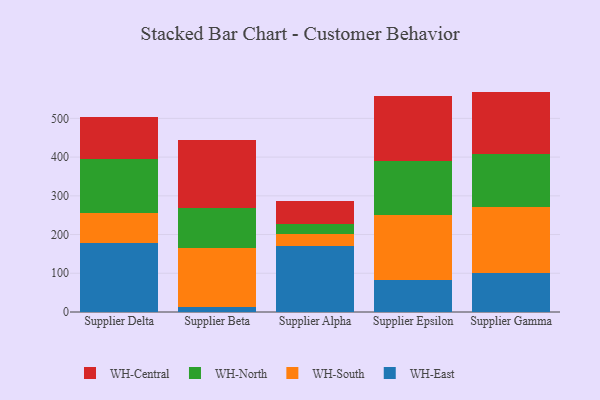
{"axis": {"x": "Supplier", "y": "Backlog"}, "legend": ["WH-Central", "WH-East", "WH-North", "WH-South"], "data": [{"x": "Supplier Delta", "y": 177.6, "type": "WH-East"}, {"x": "Supplier Delta", "y": 77.6, "type": "WH-South"}, {"x": "Supplier Delta", "y": 138.9, "type": "WH-North"}, {"x": "Supplier Delta", "y": 108.3, "type": "WH-Central"}, {"x": "Supplier Beta", "y": 13.1, "type": "WH-East"}, {"x": "Supplier Beta", "y": 151.2, "type": "WH-South"}, {"x": "Supplier Beta", "y": 103.2, "type": "WH-North"}, {"x": "Supplier Beta", "y": 177.9, "type": "WH-Central"}, {"x": "Supplier Alpha", "y": 171.7, "type": "WH-East"}, {"x": "Supplier Alpha", "y": 29.2, "type": "WH-South"}, {"x": "Supplier Alpha", "y": 27.3, "type": "WH-North"}, {"x": "Supplier Alpha", "y": 58.6, "type": "WH-Central"}, {"x": "Supplier Epsilon", "y": 82.2, "type": "WH-East"}, {"x": "Supplier Epsilon", "y": 168.1, "type": "WH-South"}, {"x": "Supplier Epsilon", "y": 139.8, "type": "WH-North"}, {"x": "Supplier Epsilon", "y": 168.9, "type": "WH-Central"}, {"x": "Supplier Gamma", "y": 100.7, "type": "WH-East"}, {"x": "Supplier Gamma", "y": 171.7, "type": "WH-South"}, {"x": "Supplier Gamma", "y": 135.7, "type": "WH-North"}, {"x": "Supplier Gamma", "y": 161.0, "type": "WH-Central"}]}